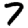
Digit: 7